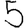
Digit: 5